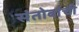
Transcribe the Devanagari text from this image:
संतोबांची